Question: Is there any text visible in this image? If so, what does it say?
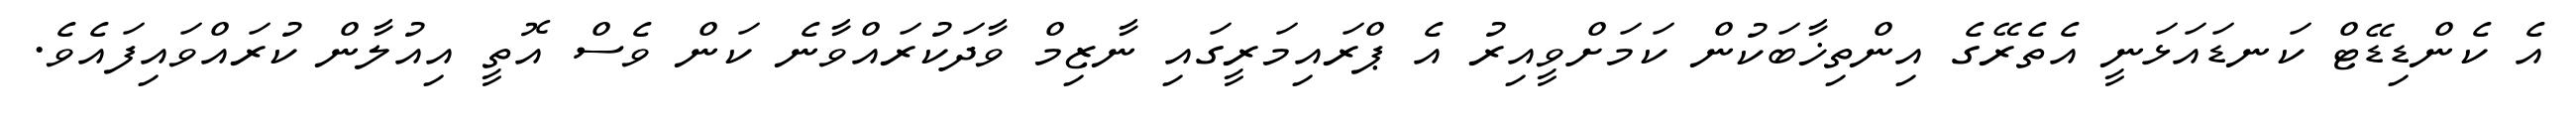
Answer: އެ ކެންޑިޑޭޓް ކަނޑައަޅަނީ އެތެރޭގެ އިންތިޚާބަކުން ކަމަށްވީއިރު އެ ޕްރައިމަރީގައި ނާޒިމް ވާދަކުރައްވާނެ ކަން ވެސް އޮތީ އިއުލާން ކުރައްވައިފައެވެ.